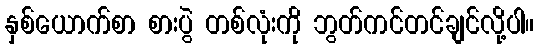
နှစ်ယောက်စာ စားပွဲ တစ်လုံးကို ဘွတ်ကင်တင်ချင်လို့ပါ။